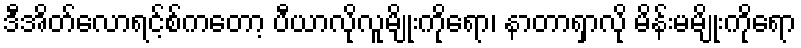
ဒီအိတ်လောရင့်စ်ကတော့ ပီယာလိုလူမျိုးကိုရော၊ နာတာရှာလို မိန်းမမျိုးကိုရော